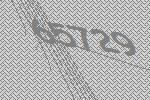
65729